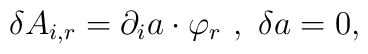
\delta A_{i , r} = \partial_{i} a \cdot  \varphi_{r} \ , \ \delta a = 0 ,